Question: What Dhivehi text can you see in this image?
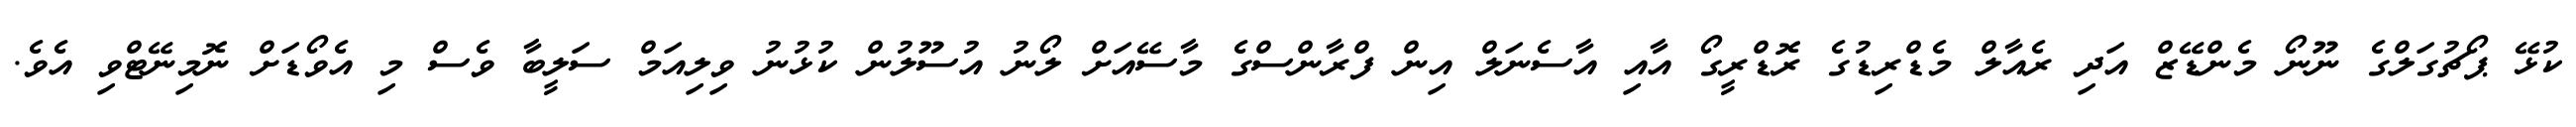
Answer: ކުޅޭ ޕޯޗުގަލްގެ ނޫނޯ މެންޑޭޒް އަދި ރެއާލް މެޑްރިޑުގެ ރޮޑްރީގޯ އާއި އާސެނަލް އިން ފްރާންސްގެ މާސޭއަށް ލޯނު އުސޫލުން ކުޅުނު ވިލިއަމް ސަލީބާ ވެސް މި އެވޯޑަށް ނޮމިނޭޓްވި އެވެ.